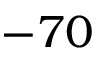
- 7 0